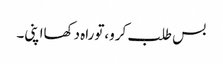
بس طلب کرو،توراہ دکھااپنی۔